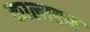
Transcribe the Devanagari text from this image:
कालाहन